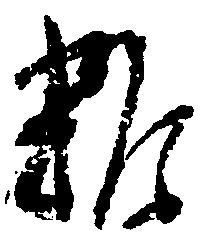
雑